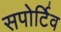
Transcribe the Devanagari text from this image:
सपोर्टिव